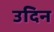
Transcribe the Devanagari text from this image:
उदिन